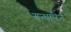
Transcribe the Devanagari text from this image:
गन्धारिन